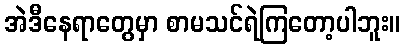
အဲဒီနေရာတွေမှာ စာမသင်ရဲကြတော့ပါဘူး။